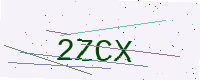
Text: 2ZCX